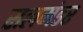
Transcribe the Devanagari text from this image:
सलमंडर